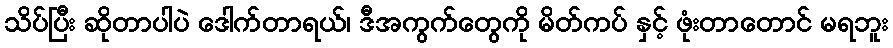
သိပ်ပြီး ဆိုတာပါပဲ ဒေါက်တာရယ်၊ ဒီအကွက်တွေကို မိတ်ကပ် နှင့် ဖုံးတာတောင် မရဘူး